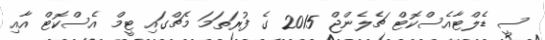
ސީ ޑެލްޓާއެސްކޮޓް ޗެލެންޖް 2015 ގެ ފުރަތަމަ މެޗްގައި ޓީމް އެސްކޮޓް އާއި